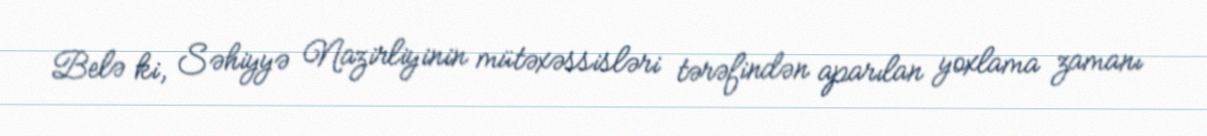
Belə ki, Səhiyyə Nazirliyinin mütəxəssisləri tərəfindən aparılan yoxlama zamanı